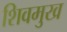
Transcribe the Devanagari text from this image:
शिवमुख